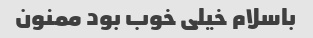
باسلام خیلی خوب بود ممنون